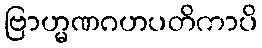
ဗြာဟ္မဏဂဟပတိကာပိ